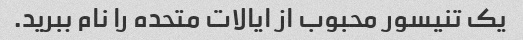
یک تنیسور محبوب از ایالات متحده را نام ببرید.